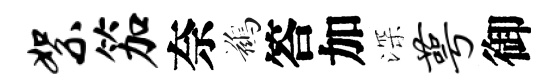
絮笳奈鷀答加深萼御